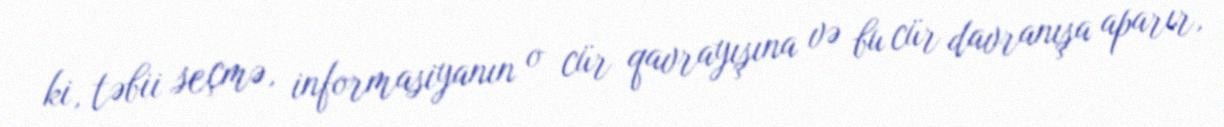
ki, təbii seçmə, informasiyanın o cür qavrayışına və bu cür davranışa aparır,